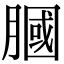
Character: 膕